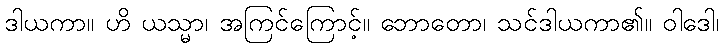
ဒါယကာ။ ဟိ ယသ္မာ၊ အကြင်ကြောင့်။ ဘောတော၊ သင်ဒါယကာ၏။ ဝါဒေါ၊